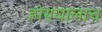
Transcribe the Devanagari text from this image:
होण्यालाच